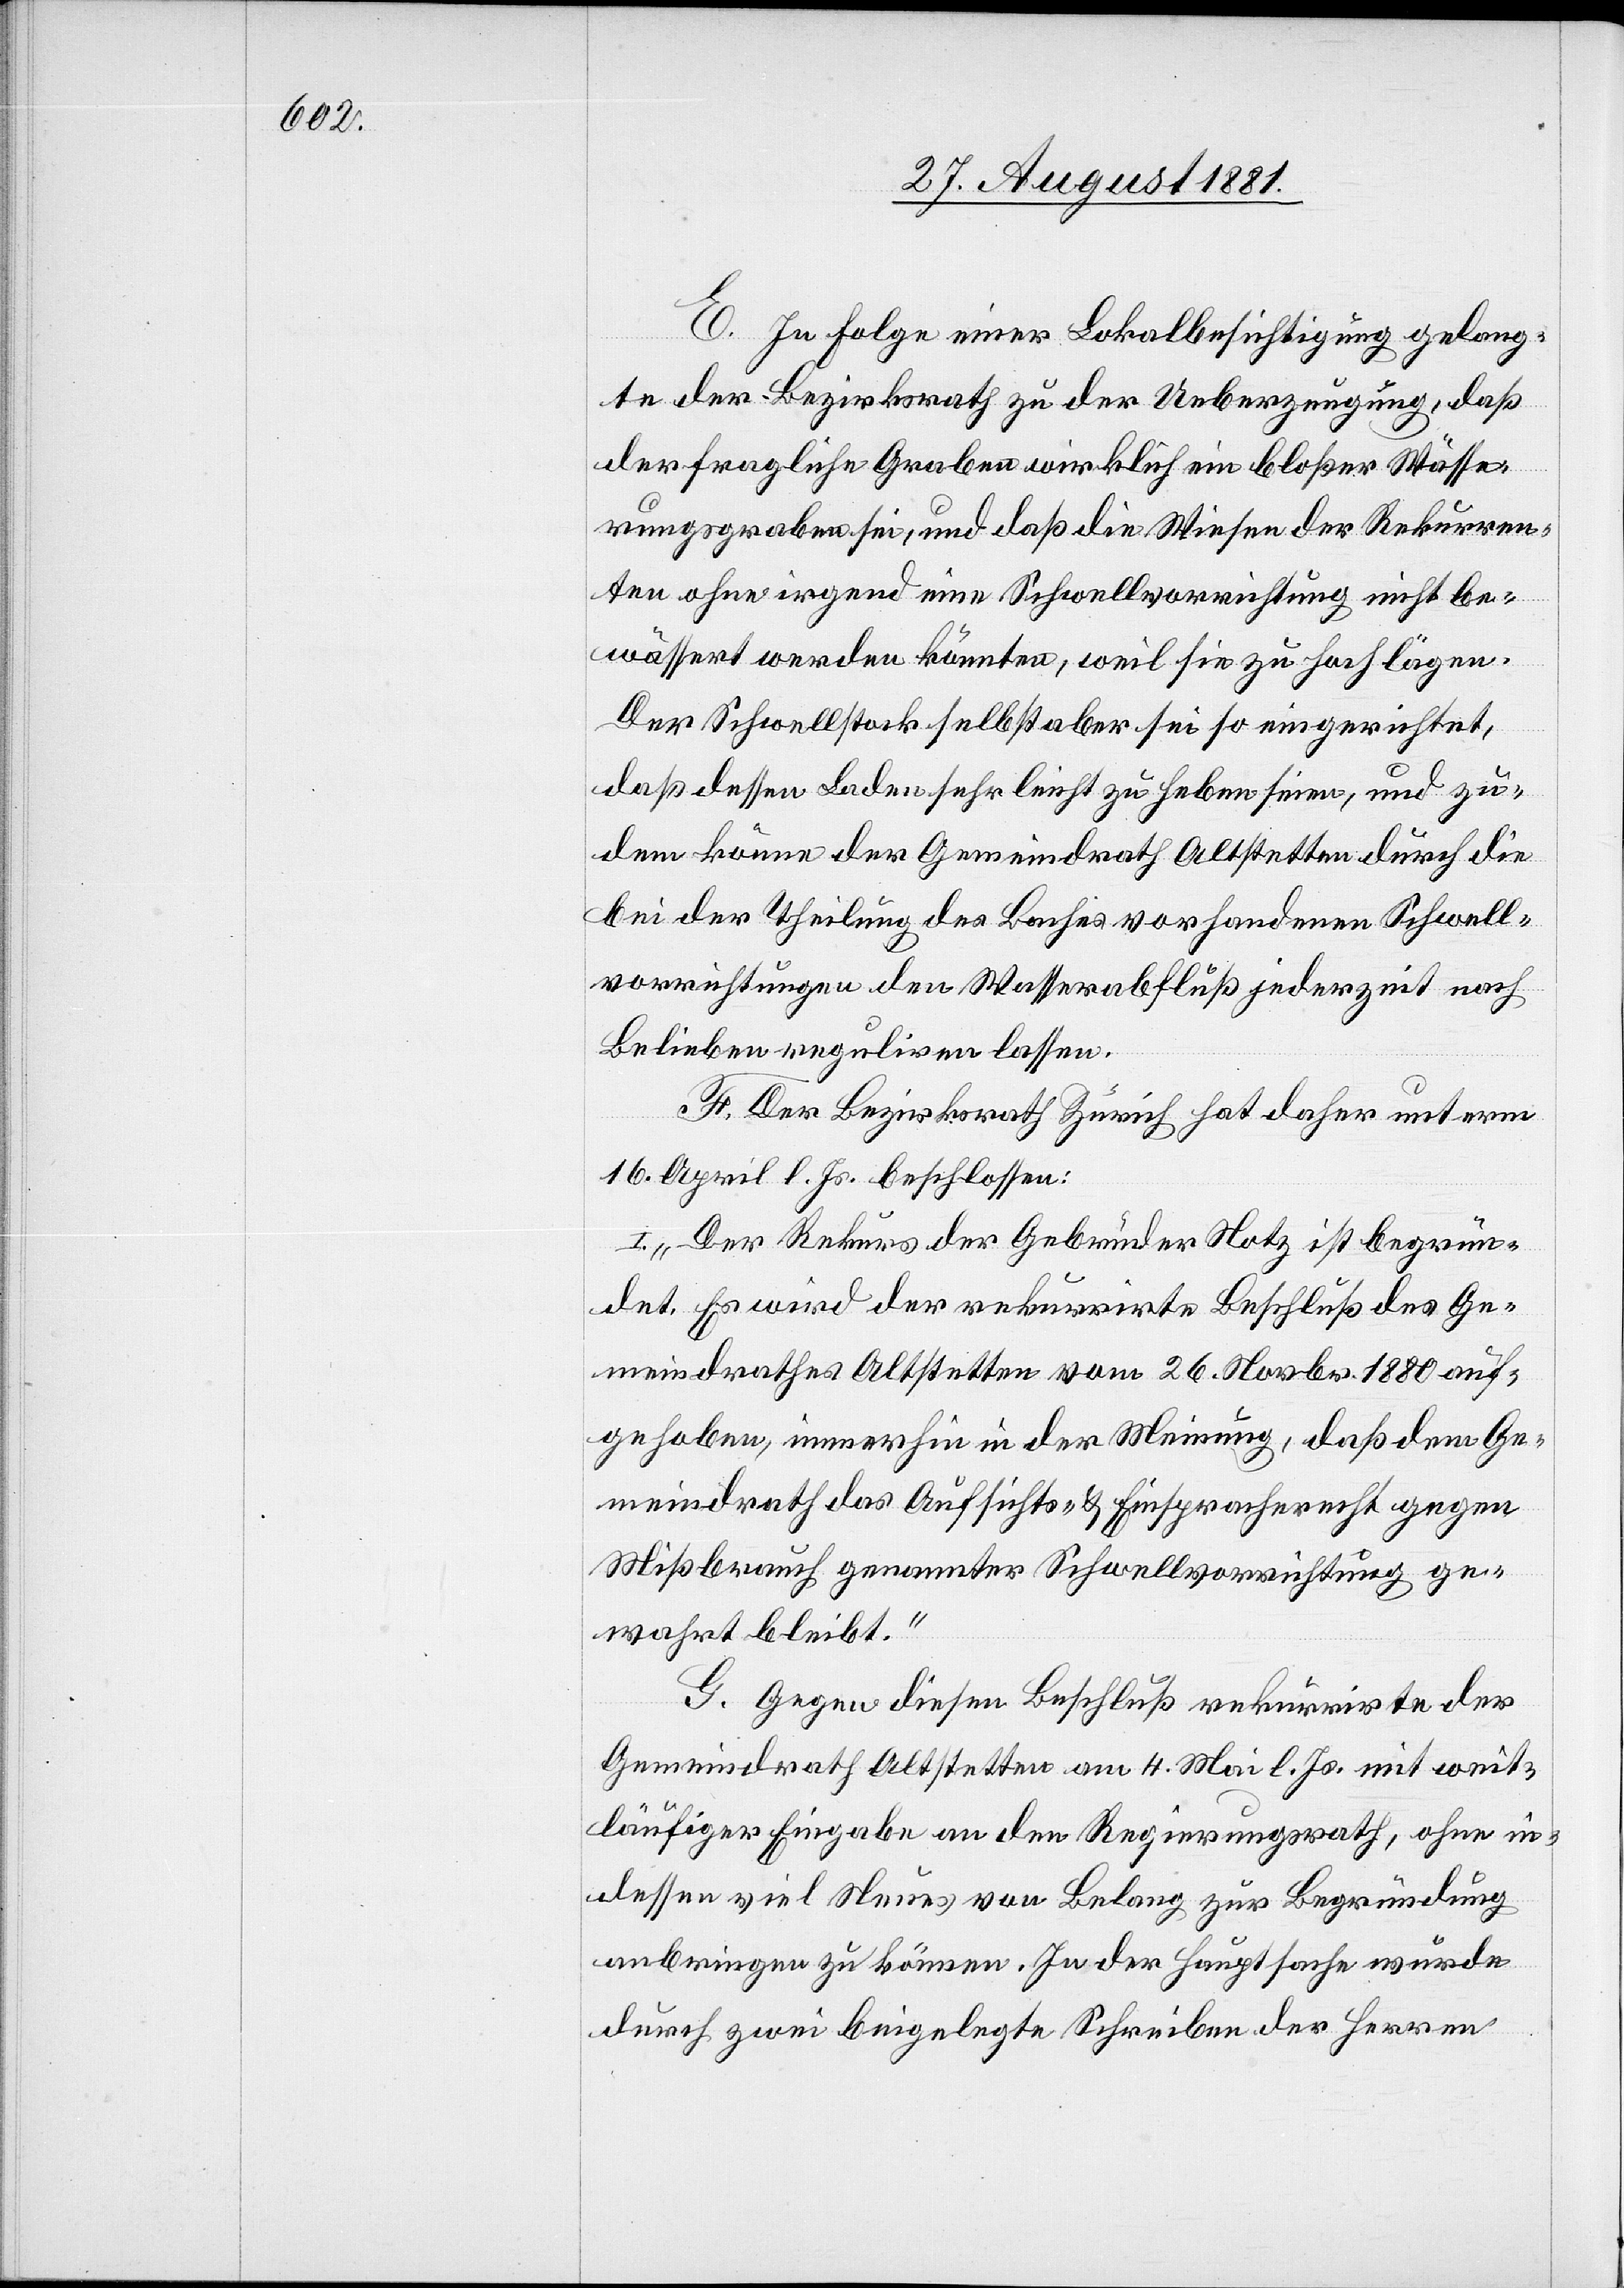
E. In Folge einer Lokalbesichtigung gelang¬
te der Bezirksrath zu der Ueberzeugung, daß
der fragliche Graben wirklich ein bloßer Wässe¬
rungsgraben sei, und daß die Wiesen der Rekurren¬
ten ohne irgend eine Schwellvorrichtung nicht be¬
wässert werden könnten, weil sie zu hoch lägen.
Der Schwellstock selbst aber sei so eingerichtet,
daß dessen Laden sehr leicht zu heben seien, und zu¬
dem könne der Gemeindrath Altstetten durch die
bei der Theilung des Baches vorhandenen Schwell¬
vorrichtungen den Wasserabfluß jederzeit nach
Belieben reguliren lassen.
F. Der Bezirksrath Zürich hat daher unterm
16. April beschlossen:
„Der Rekurs der Gebrüder Notz ist begrün¬
det. Es wird der rekurrirte Beschluß des Ge¬
meindrathes Altstetten vom 26. Novbr. 1880 auf¬
gehoben, immerhin in der Meinung, daß den Ge¬
meindrath das Aufsichts- & Einspracherecht gegen
Mißbrauch genannter Schwellenvorrichtung ge¬
wahrt bleibt.“
G. Gegen diesen Beschluß rekurrirte der
Gemeindrath Altstetten am 4. Mai l. Js. mit weit¬
läufiger Eingabe an den Regierungsrath, ohne in¬
dessen viel Neues von Belang zur Begründung
anbringen zu können. In der Hauptsache würde
durch zwei beigelegte Schreiben der Herren